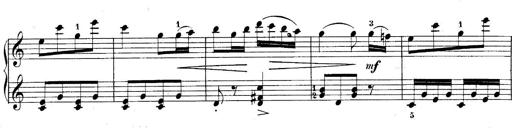
Title: 10 Sonatines progressives
Composer: Anton Schmoll